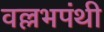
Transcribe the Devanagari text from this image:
वल्लभपंथी